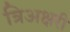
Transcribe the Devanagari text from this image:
त्रिअक्षरी